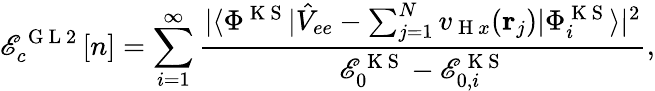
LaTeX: \mathscr{E}_{c}^{\mathrm{{~G~L~2~}}}[n]=\sum_{i=1}^{\infty}\frac{{|\langle\Phi^{\mathrm{{~K~S~}}}|\hat{{V}}_{ee}-\sum_{j=1}^{N}v_{\mathrm{{~H~}}x}(\mathbf{{r}}_{j})|\Phi_{i}^{\mathrm{{~K~S~}}}\rangle|^{2}}}{{\mathscr{E}_{0}^{\mathrm{{~K~S~}}}-\mathscr{E}_{0,i}^{\mathrm{{~K~S~}}}}},